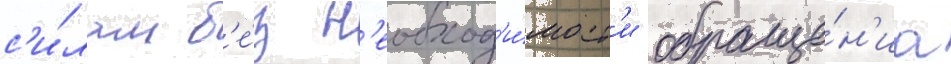
с'и́лам б'е́з н'еобход'и́мост'и обраще́н'иа